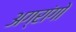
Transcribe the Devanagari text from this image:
अग्रांगो